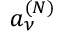
a _ { \nu } ^ { ( N ) }